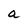
Character: a